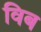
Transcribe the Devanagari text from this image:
विब